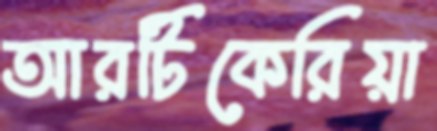
আরটিকেরিয়া